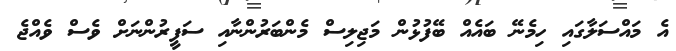
އެ މައްސަލާގައި ހިމެނޭ ބައެއް ބޭފުޅުން މަޖިލިސް މެންބަރުންނާއި ސަފީރުންނަށް ވެސް ވެއްޖެ